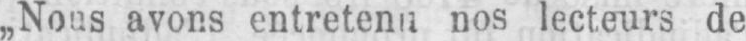
nos lecteurs de